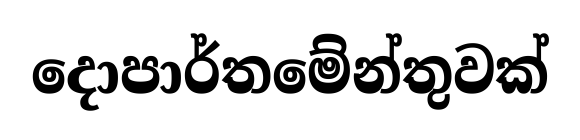
දොපාර්තමේන්තුවක්